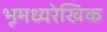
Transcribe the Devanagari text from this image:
भूमध्यरेखिक